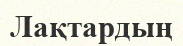
Лақтардың